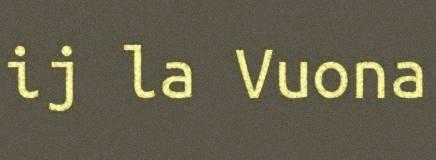
ij la Vuona